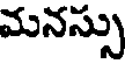
మనస్సు